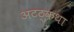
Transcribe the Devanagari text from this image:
अटठ्कथा